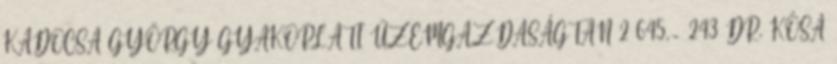
KADOCSA GYÖRGY GYAKORLATI ÜZEMGAZDASÁGTAN 2 645,- 243 DR. KÓSA